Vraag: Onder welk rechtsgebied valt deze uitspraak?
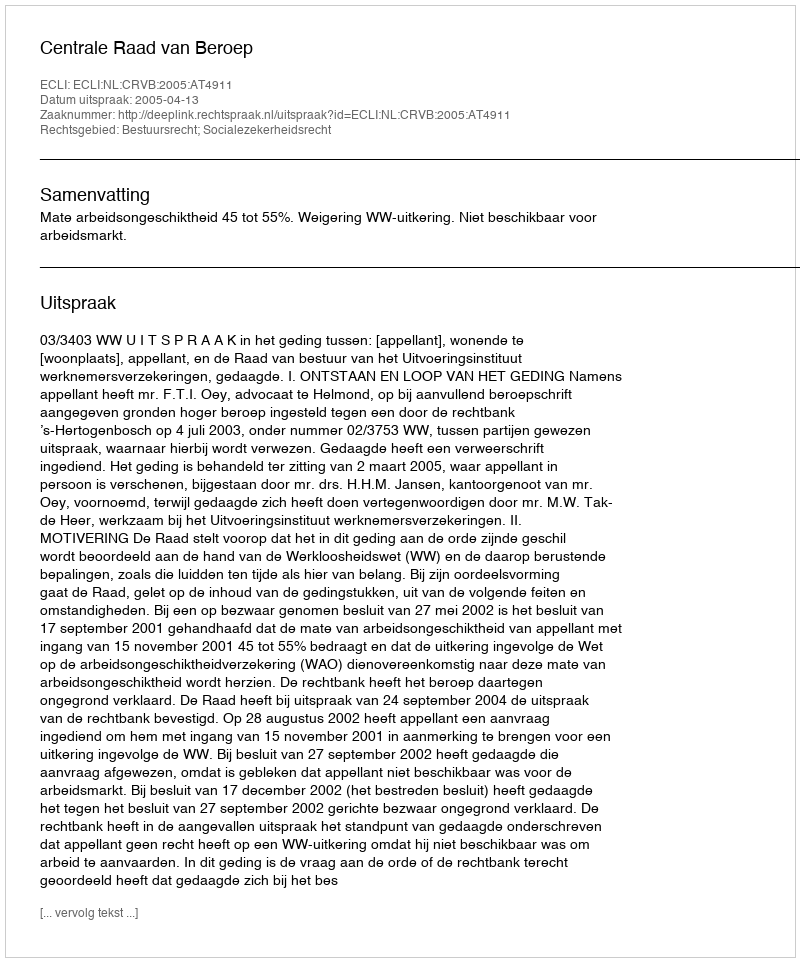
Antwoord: Bestuursrecht; Socialezekerheidsrecht